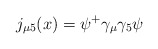
\begin{align*}j_{\mu 5}(x)=\psi ^{+}\gamma _\mu \gamma _5\psi\end{align*}